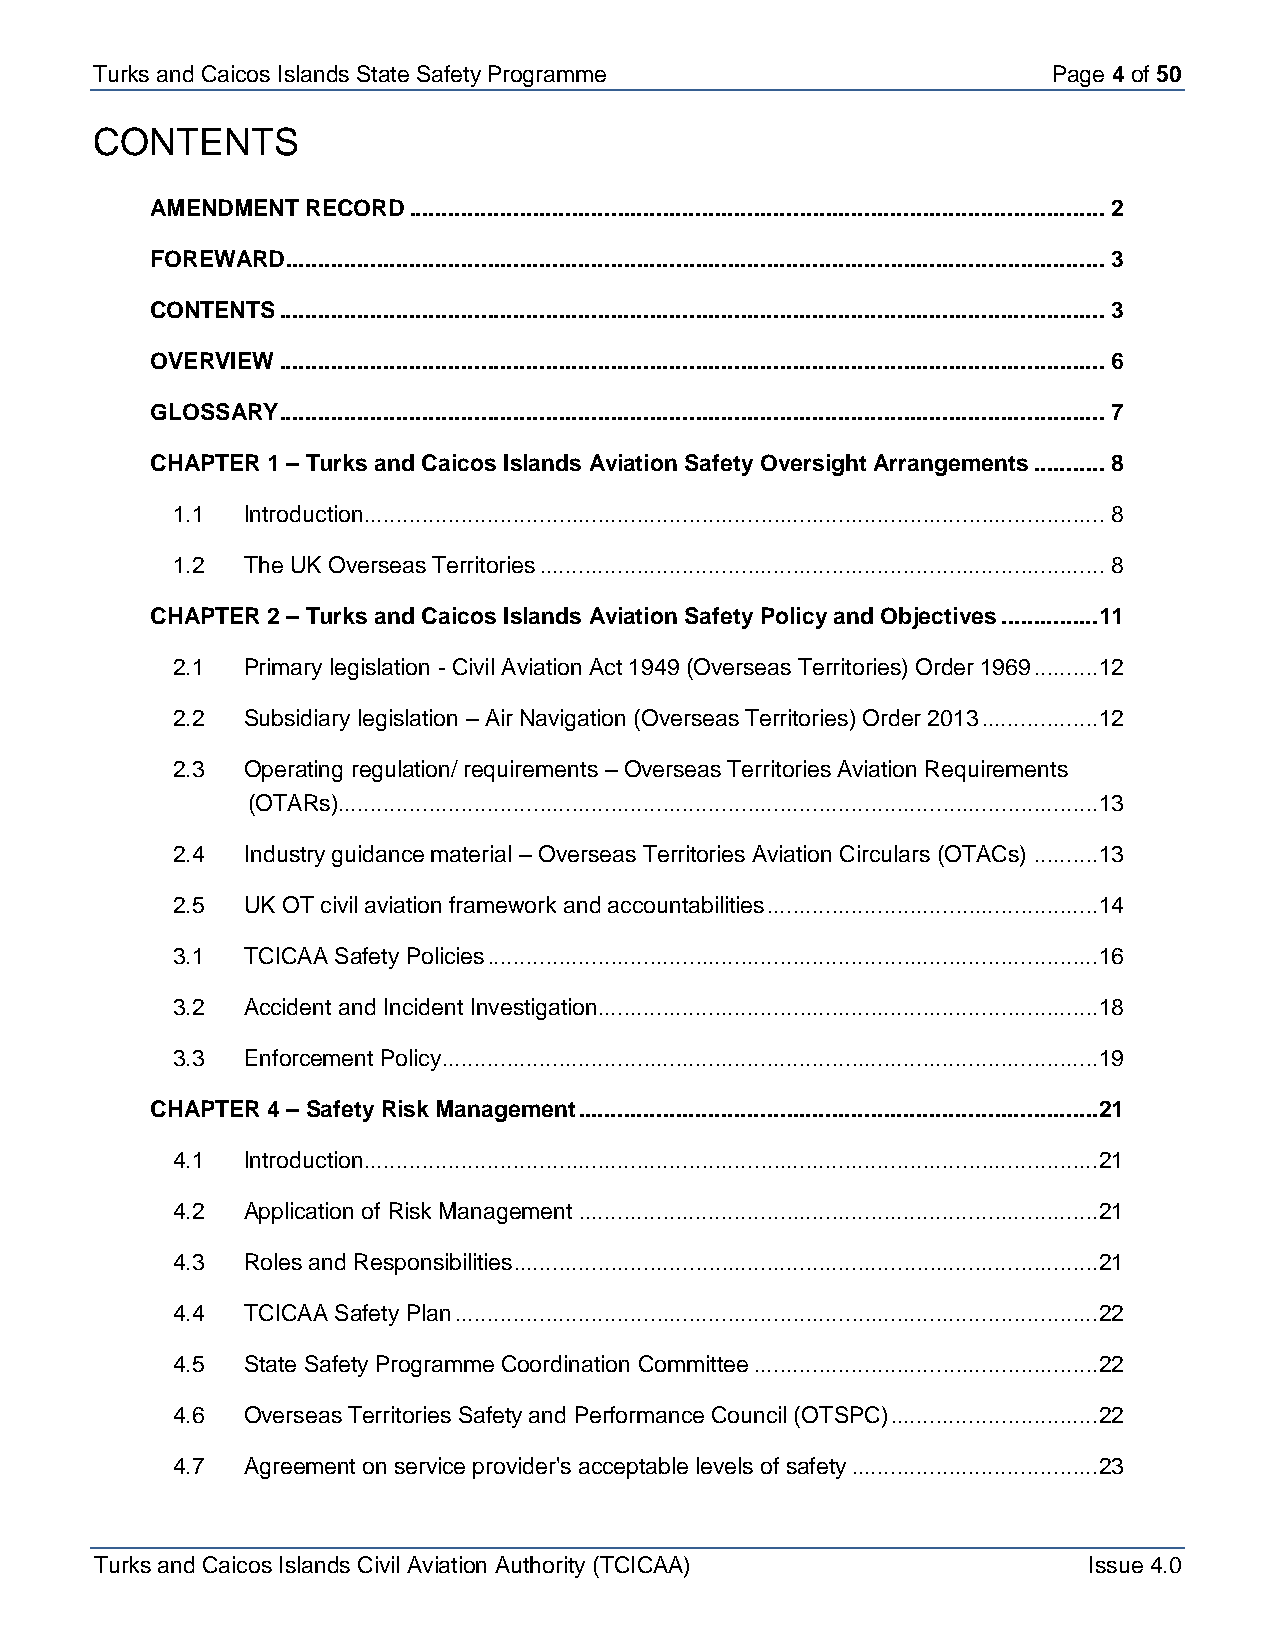
Turks and Caicos Isla nds State Safety Programme                Page 4 of 50
 CONTENTS
 AMENDMENT RECORD ........................................................................................................... 2
 FOREWARD .............................................................................................................................. 3
 CONTENTS ............................................................................................................................... 3
 OVERVIEW ............................................................................................................................... 6
 GLOSSARY ............................................................................................................................... 7
 CHAPTER 1 – Turks and Caicos Islands Aviation Safety Oversight Arrangements ........... 8
 1.1  Introduction .................................................................................................................. 8
 1.2  The UK Overseas Territories ....................................................................................... 8
 CHAPTER 2 – Turks and Caicos Islands Aviation Safety Policy and Objectives ...............11
 2.1  Primary legislation - Civil Aviation Act 1949 (Overseas Territories) Order 1969 ..........12
 2.2  Subsidiary legislation – Air Navigation (Overseas Territories) Order 2013 ..................12
 2.3  Operating regulation/ requirements – Overseas Territories Aviation Requirements
 (OTARs).....................................................................................................................13
 2.4  Industry guidance material – Overseas Territories Aviation Circulars (OTACs) ..........13
 2.5  UK OT civil aviation framework and accountabilities ...................................................14
 3.1  TCICAA Safety Policies ..............................................................................................16
 3.2  Accident and Incident Investigation.............................................................................18
 3.3  Enforcement Policy .....................................................................................................19
 CHAPTER 4 – Safety Risk Management ................................................................................21
 4.1  Introduction .................................................................................................................21
 4.2  Application of Risk Management ................................................................................21
 4.3  Roles and Responsibilities ..........................................................................................21
 4.4  TCICAA Safety Plan ...................................................................................................22
 4.5  State Safety Programme Coordination Committee .....................................................22
 4.6  Overseas Territories Safety and Performance Council (OTSPC) ................................22
 4.7  Agreement on service provider's acceptable levels of safety ......................................23
 Turks and Caicos Islands Civil Aviation Authority (TCICAA)        Issue 4.0